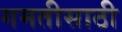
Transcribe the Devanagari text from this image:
गमतीसाठी